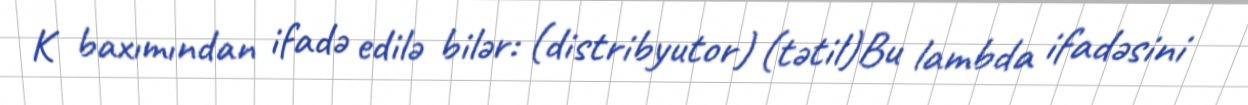
K baxımından ifadə edilə bilər: (distribyutor) (tətil)Bu lambda ifadəsini